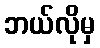
ဘယ်လိုမှ